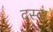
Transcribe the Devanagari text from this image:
दस्वा